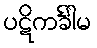
ပဋိကင်္ခါမ